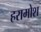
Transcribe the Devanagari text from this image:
हरामोश